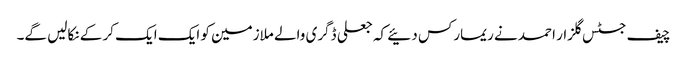
چیف جسٹس گلزار احمد نے ریمارکس دئیے کہ جعلی ڈگری والے ملازمین کو ایک ایک کر کے نکالیں گے۔